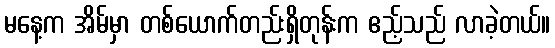
မနေ့က အိမ်မှာ တစ်ယောက်တည်းရှိတုန်းက ဧည့်သည် လာခဲ့တယ်။